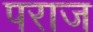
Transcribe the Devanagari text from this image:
पराज